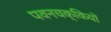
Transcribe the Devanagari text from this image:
पवनचक्कियों